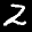
Label: 2